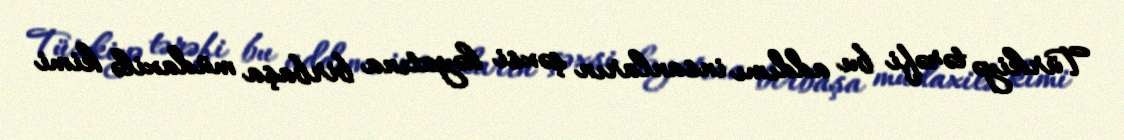
Türkiyə tərəfi bu addımı insanların şəxsi həyatına birbaşa müdaxilə kimi